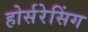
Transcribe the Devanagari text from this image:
होर्सरेसिंग